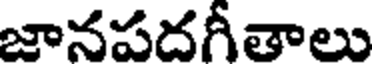
జానపదగీతాలు